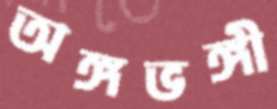
অঙ্গভঙ্গী